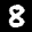
Label: 8